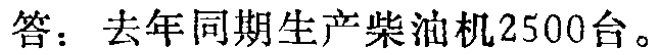
答：去年同期生产柴油机2500台。